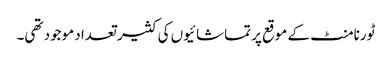
ٹورنامنٹ کے موقع پر تماشائیوں کی کثیر تعداد موجود تھی۔